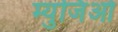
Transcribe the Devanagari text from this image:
म्युजिओ